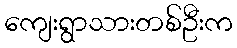
ကျေးရွာသားတစ်ဦးက